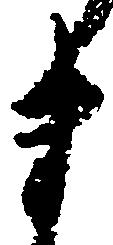
ま